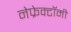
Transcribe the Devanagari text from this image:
नेफ्रेक्टॉमी